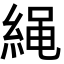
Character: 䋲